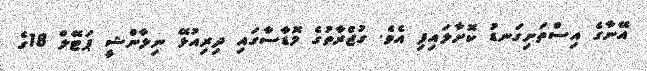
އޭނާގެ އިސްތަށިގަނޑު ކޮށާލައިފި އެވެ. ގުޖްރާތުގެ މޮޑާސާގައި ދިރިއުޅޭ ނިލާންޝީ ޕަޓޭލް 18ގެ